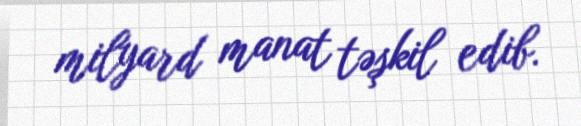
milyard manat təşkil edib.